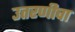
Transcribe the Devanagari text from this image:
उतरणीचा